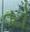
તટો